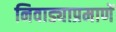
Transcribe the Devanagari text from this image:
निवाड्याप्रमाणें